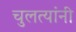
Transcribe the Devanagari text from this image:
चुलत्यांनी